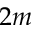
2 m